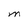
Character: M